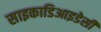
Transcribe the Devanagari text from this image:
साइकाडिआइडेसी